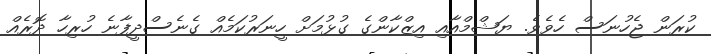
ކުރަން ޖެހުނަސް ހެވެވެ. ޔަޝްމްއާއި އިޒްކާންގެ ގުޅުމަށް ހީނަރުކަމެއް ގެނެސްދީފާނެ ހުރިހާ ދޮރެއް